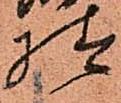
様